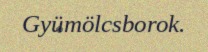
Gyümölcsborok.